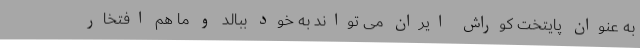
به عنوان پایتخت کوراش ایران می تواند به خود ببالد و ما هم افتخار